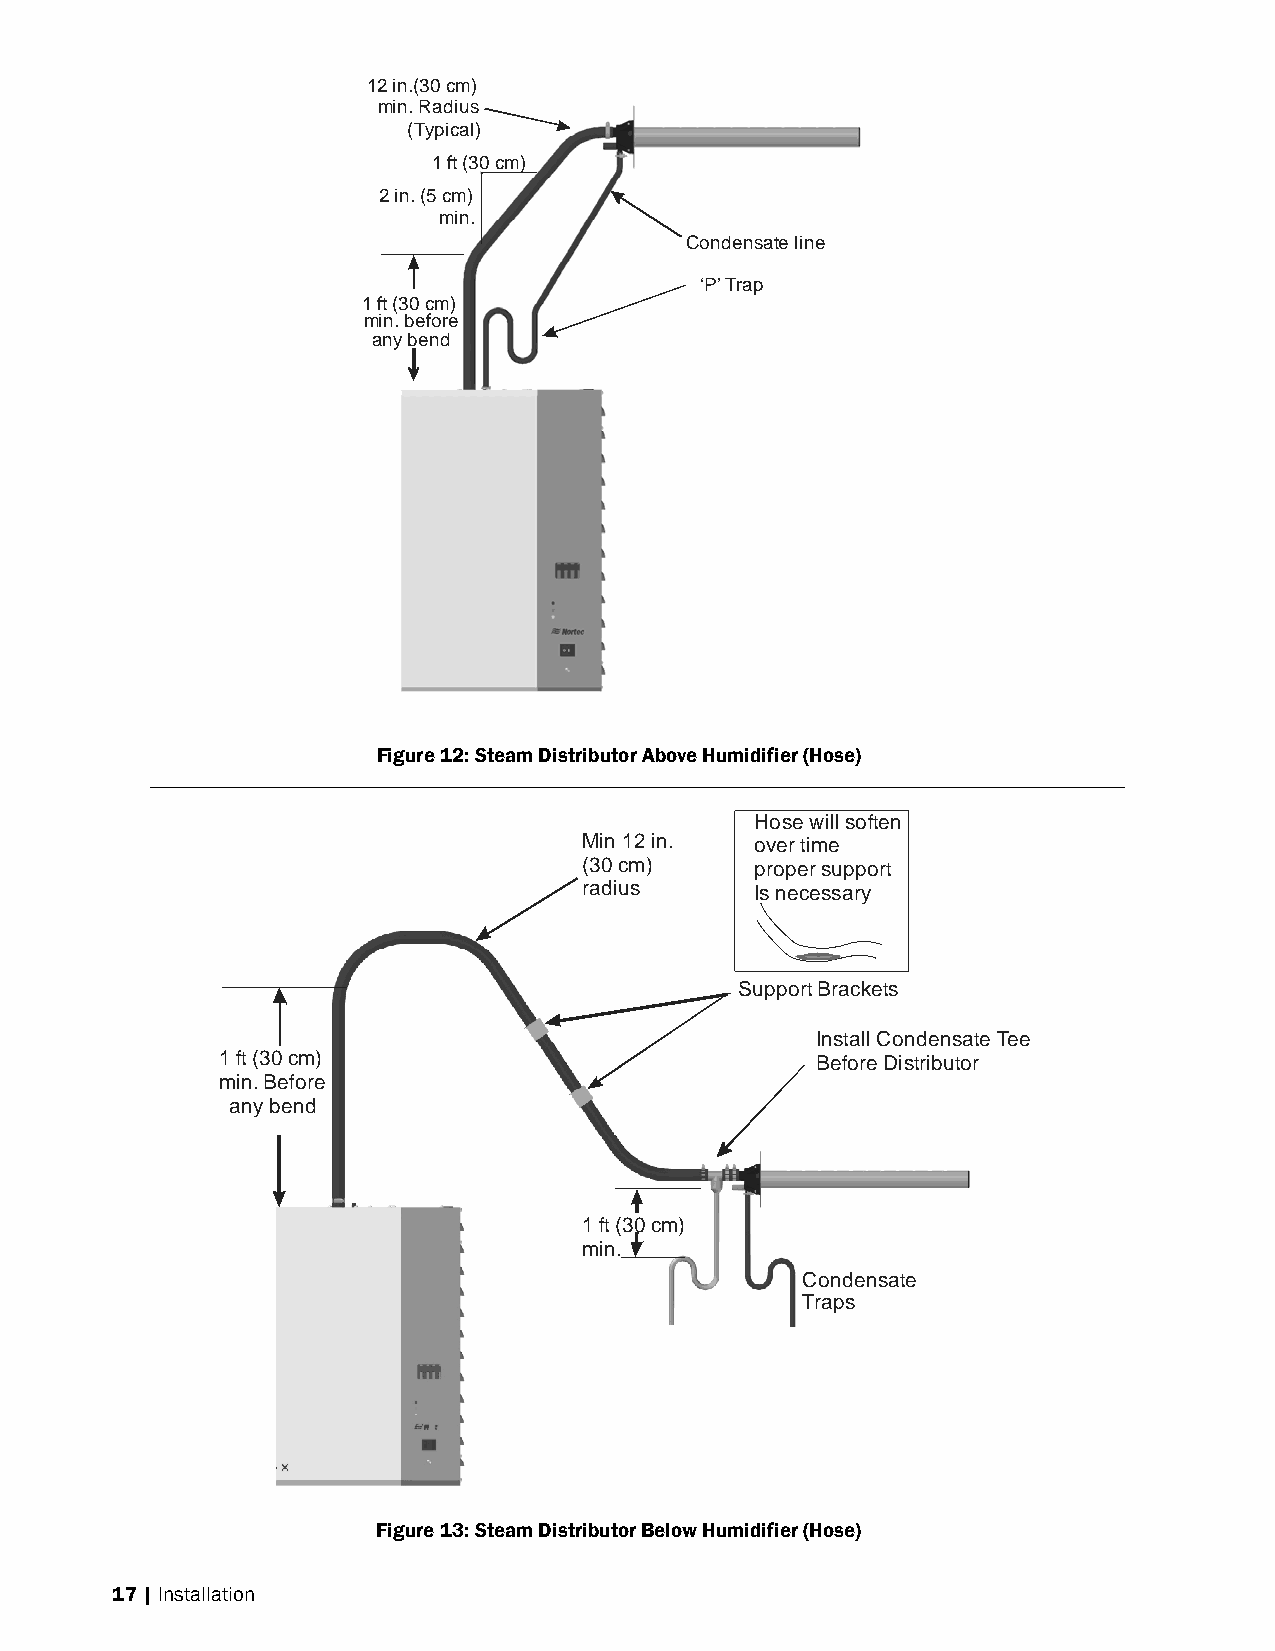
12 in.(30 cm)
 min. Radius
 (Typical)
 1 ft (30 cm)
 2 in. (5 cm)
 min.
 Condensate line
 ‘P’ Trap
 1 ft (30 cm)
 min. before
 any bend
 Figure 12: Steam Distributor Above Humidifier (Hose)
 Hose will soften
 Min 12 in. over time
 (30 cm)    proper support
 radius     Is necessary
 Support Brackets
 Install Condensate Tee
 1 ft (30 cm)                            Before Distributor
 min. Before
 any bend
 1 ft (30 cm)
 min.
 Condensate
 Traps
 Figure 13: Steam Distributor Below Humidifier (Hose)
 17 | Installation